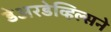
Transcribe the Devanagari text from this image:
डेअरडेव्हिल्सने